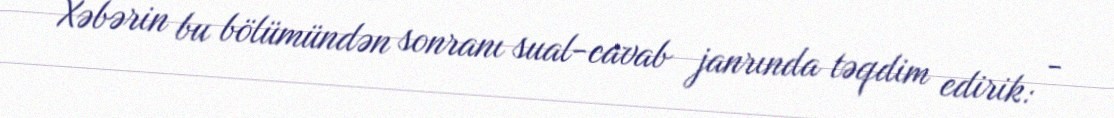
Xəbərin bu bölümündən sonranı sual-cavab janrında təqdim edirik: -